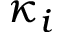
\kappa _ { i }